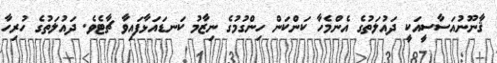
ޤާނޫނުއަސާސީއަކީ ދައުލަތުގެ އެންމެހާ ކަންކަން ހިންގުމުގެ ނިޒާމު ކަނޑައަޅާފައިވާ ޗާޓެވެ. ދައުލަތުގެ ހުރިހާ